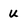
Character: U